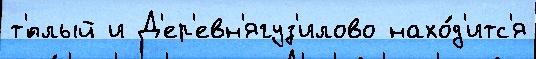
т'́плый и Д'ер'евн'ягуз'илово нахо́д'итс'я